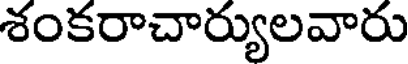
శంకరాచార్యులవారు